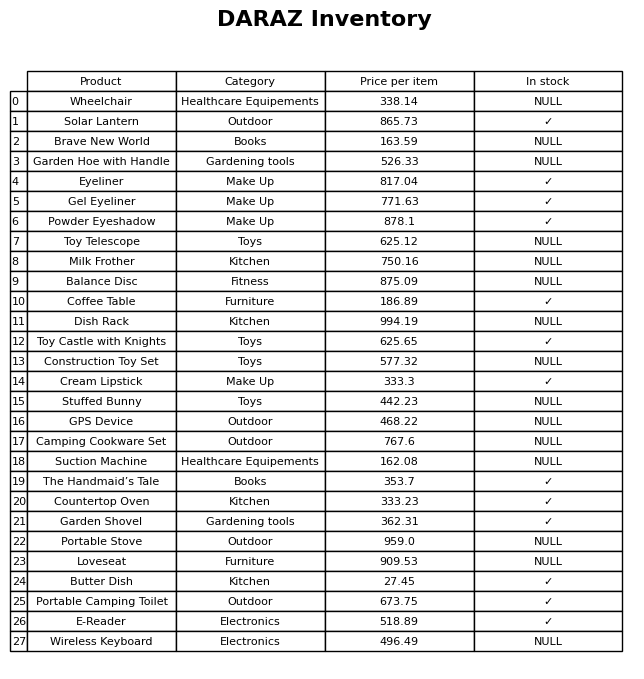
question: What is the price of the The Handmaid’s Tale?
answer: The price of The Handmaid’s Tale is 353.7.